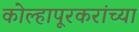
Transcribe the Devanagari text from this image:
कोल्हापूरकरांच्या